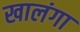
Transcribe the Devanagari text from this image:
खालंगा